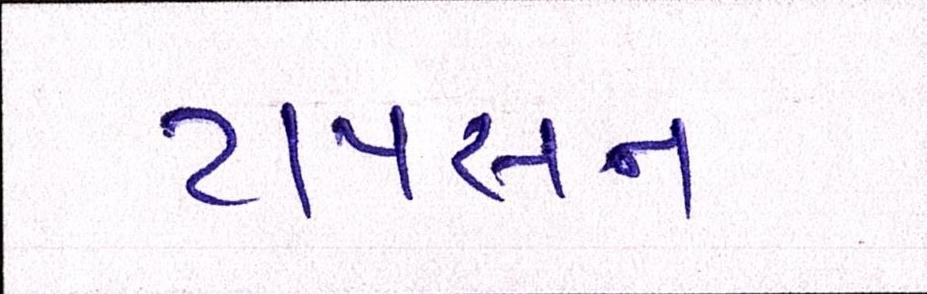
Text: ટાયસન